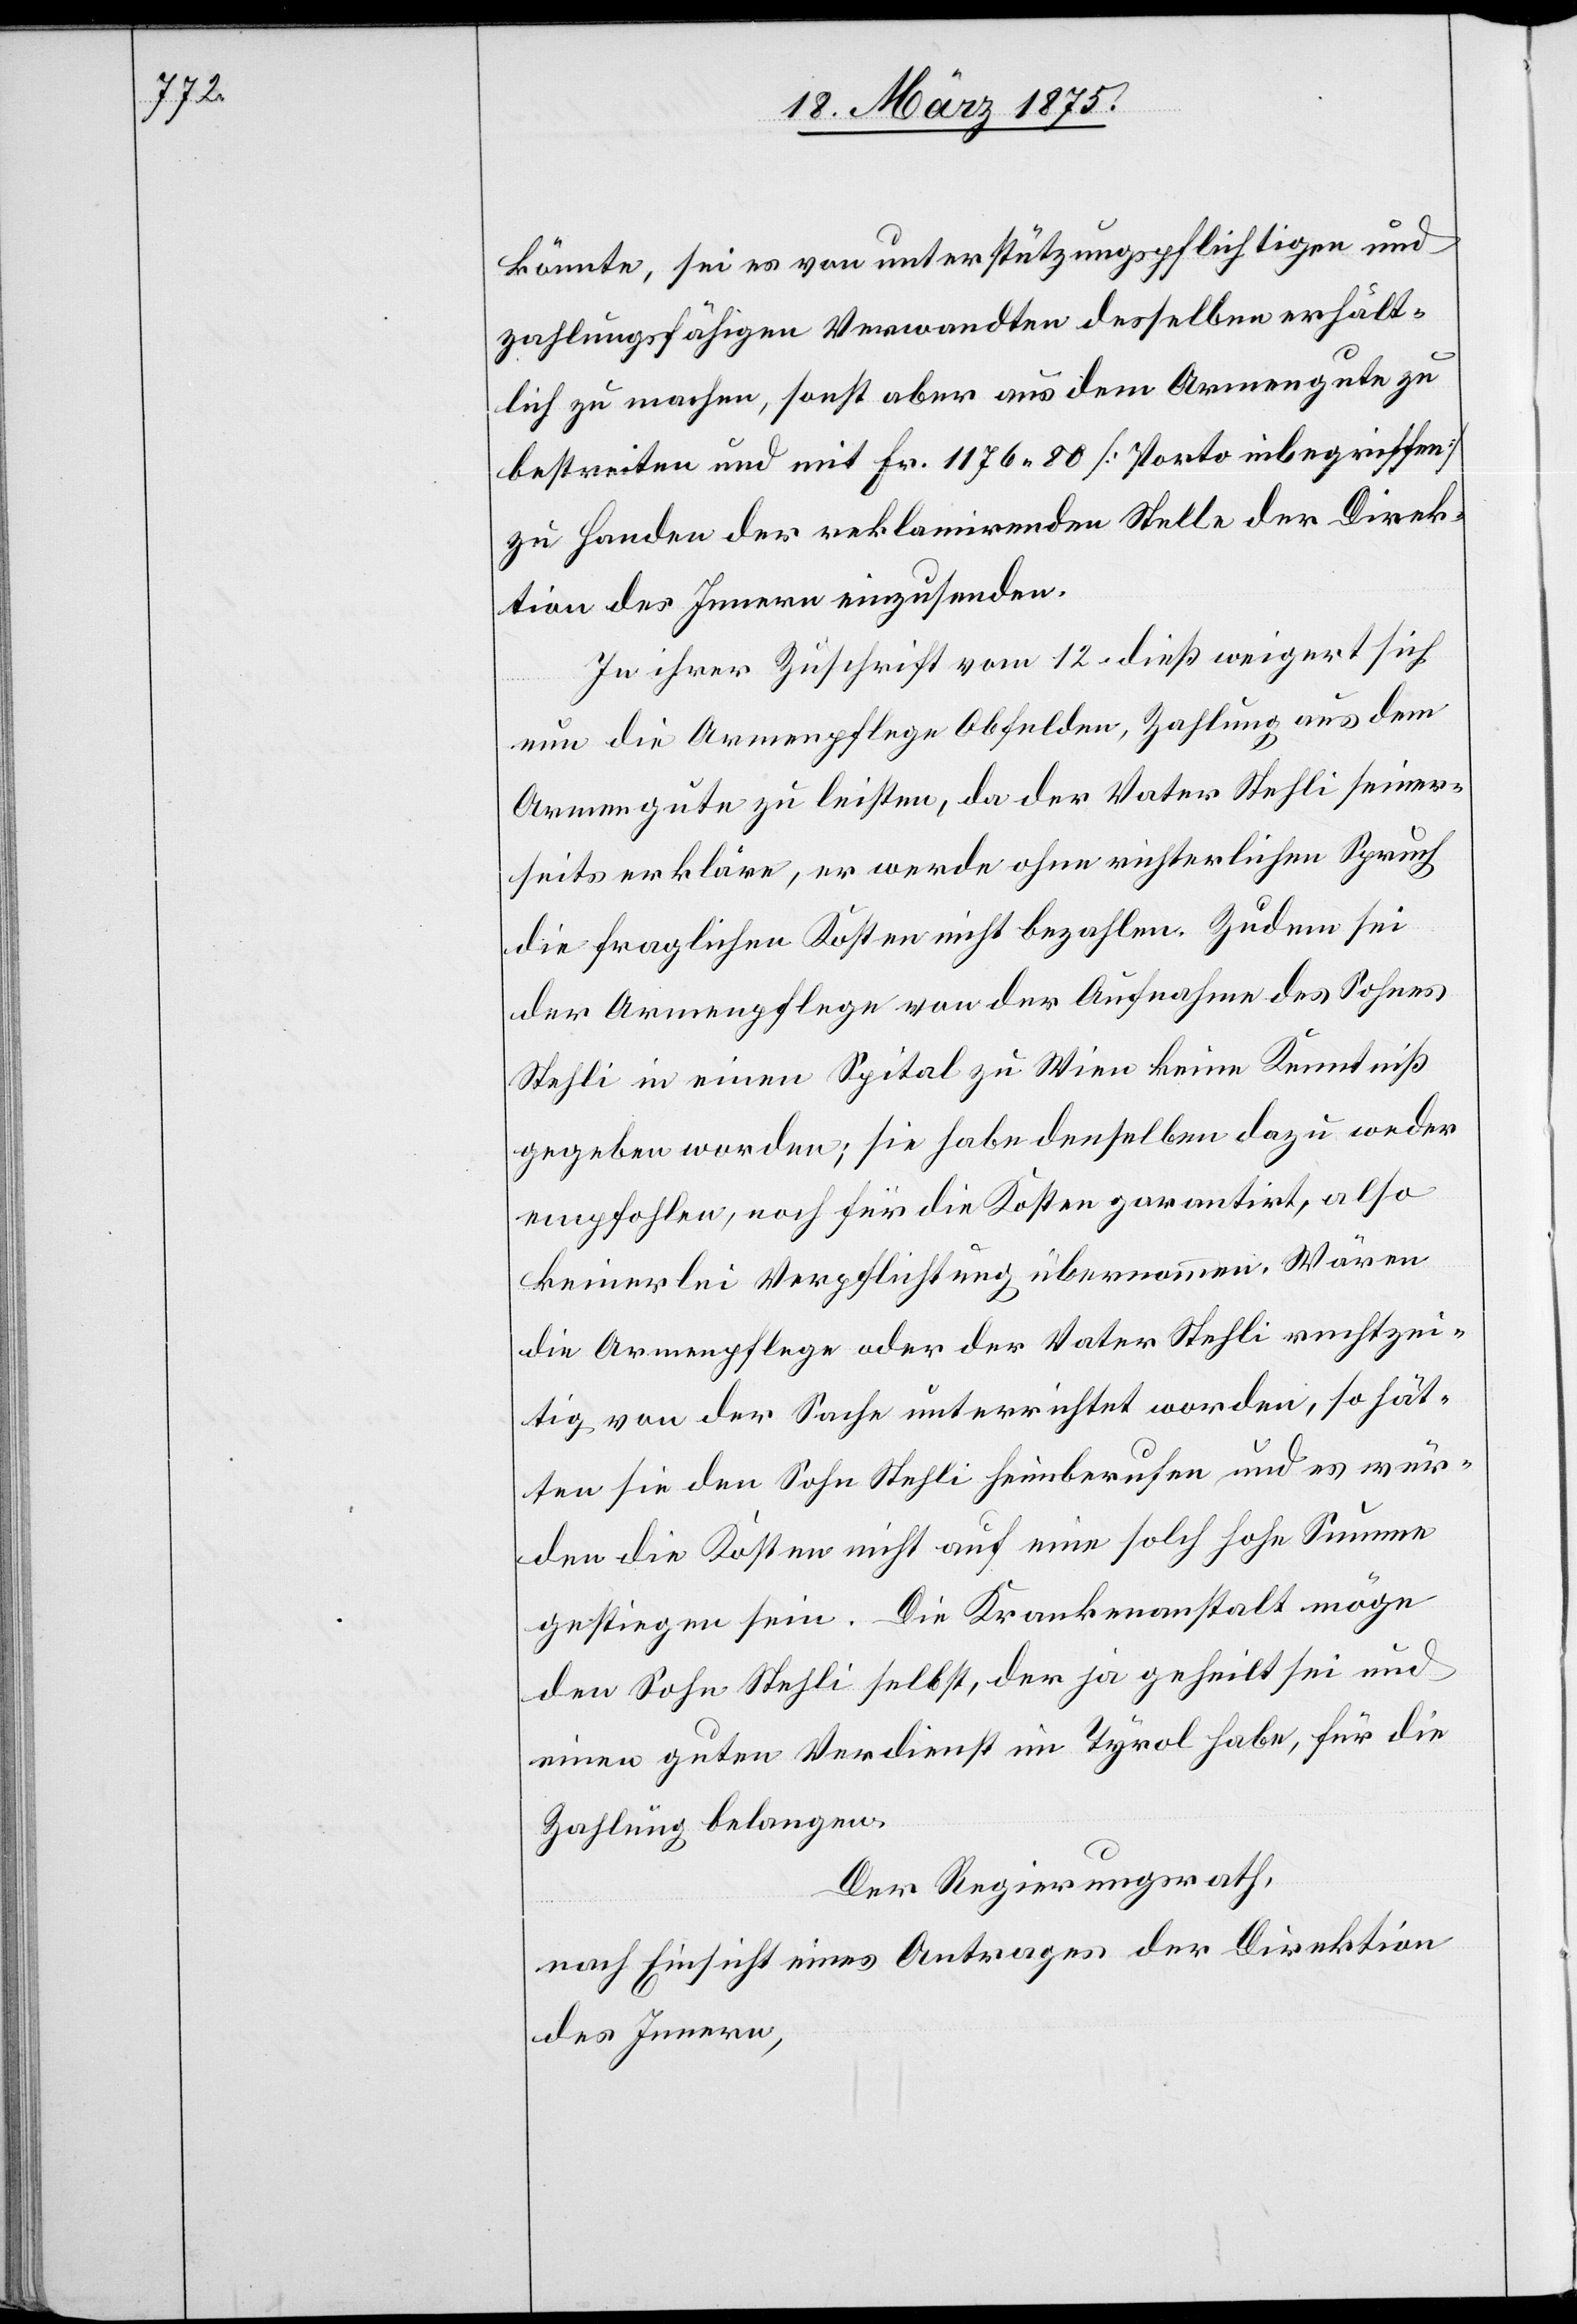
könnte, sei es von unterstützungspflichtigen und
zahlungsfähigen Verwandten desselben erhält¬
lich zu machen, sonst aber aus dem Armengute zu
bestreiten und mit Fr. 1176 80 [Porto inbegriffen]
zu Handen der reklamirenden Stelle der Direk¬
tion des Innern einzusenden.
In ihrer Zuschrift vom 12. dieß weigert sich
nun die Armenpflege Obfelden, Zahlung aus dem
Armengute zu leisten, da der Vater Stehli seiner¬
seits erkläre, er werde ohne richterlichen Spruch
die fraglichen Kosten nicht bezahlen. Zudem sei
der Armenpflege von der Aufnahme des Sohnes
Stehli in einen Spital zu Wien keine Kenntniß
gegeben worden; sie habe denselben dazu weder
empfohlen, noch für die Kosten garantirt, also
keinerlei Verpflichtung übernommen. Wären
die Armenpflege oder der Vater Stehli rechtzei¬
tig von der Sache unterrichtet worden, so hät¬
ten sie den Sohn Stehli heimberufen und es wür¬
den die Kosten nicht auf eine solch hohe Summe
gestiegen sein. Die Krankenanstalt möge
den Sohn Stehli selbst, der ja geheilt sei und
einen guten Verdienst im Tyrol habe, für die
Zahlung belangen.
Der Regierungsrath,
nach Einsicht eines Antrages der Direktion
des Innern,